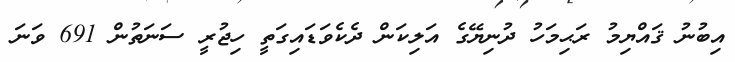
އިބުނު ޤައްޔިމު ރަޙިމަހު ދުނިޔޭގެ އަލިކަން ދެކެވަޑައިގަތީ ހިޖުރީ ސަނަތުން 691 ވަނަ